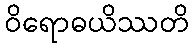
ဝိရောဓယိဿတိ